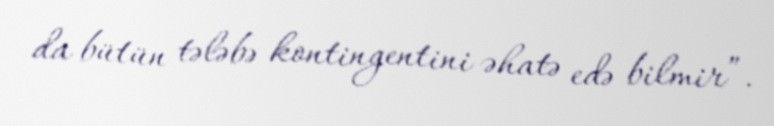
da bütün tələbə kontingentini əhatə edə bilmir”.